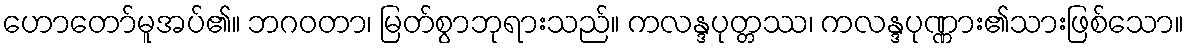
ဟောတော်မူအပ်၏။ ဘဂဝတာ၊ မြတ်စွာဘုရားသည်။ ကလန္ဒပုတ္တဿ၊ ကလန္ဒပုဏ္ဏား၏သားဖြစ်သော။